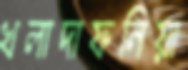
খলাদাফনিয়া